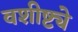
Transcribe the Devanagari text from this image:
वशीष्ट्ये